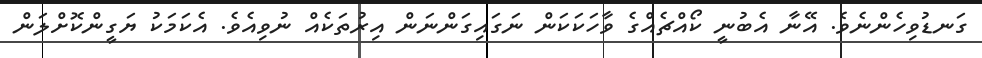
ގަނޑުވިހެންނެވެ. އޭނާ އެބުނީ ކޯއްޗެއްގެ ވާހަކަކަން ނަގައިގަންނަން އިރުތަކެއް ނުވިއެވެ. އެކަމަކު ޔަގީންކޮށްލަން